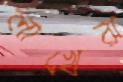
লাখেরা